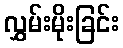
လွှမ်းမိုးခြင်း